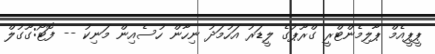
ޕީޕީއެމް ޕާލިމެންޓްރީ ގްރޫޕުގެ ލީޑަރު އަހުމަދު ނިހާން ހުސެއިން މަނިކު -- ފޮޓޯ:ގޫގުލް